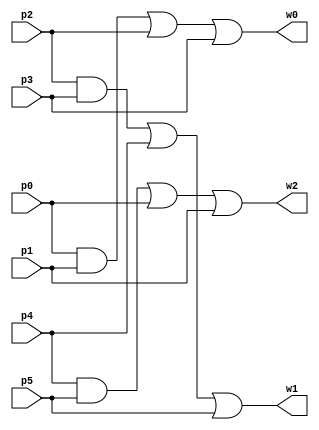


module Comp6p3(w0, w1, w2, p0, p1, p2, p3, p4, p5); //{p0p1+p2+p3, p2p3+p4+p5, p4p5+p0+p1}

input p0, p1, p2, p3, p4, p5;
output w0, w1, w2;
wire r0, r1, r2, r3, r4, r5;

and and_1(r0, p0, p1);
or or_1(r1, r0, p2);
or or_2(w0, r1, p3);

and and_2(r2, p2, p3);
or or_3(r3, r2, p4);
or or_4(w1, r3, p5);

and and_3(r4, p4, p5);
or or_5(r5, r4, p0);
or or_6(w2, r5, p1);

endmodule